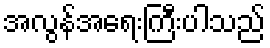
အလွန်အရေးကြီးပါသည်